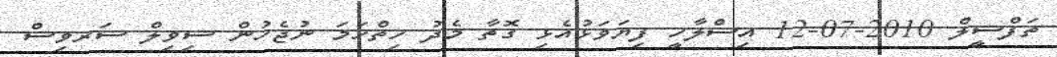
ތަފްސީލް 2010-07-12 އިސްލާހީ ފިޔަވަޅުއެޅި ގޮތާ މެދު ހިތްހަމަ ނުޖެހުން ސިވިލް ސަރވިސް